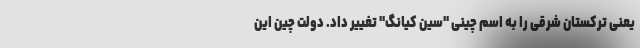
یعنی ترکستان شرقی را به اسم چینی "سین کیانگ" تغییر داد. دولت چین این